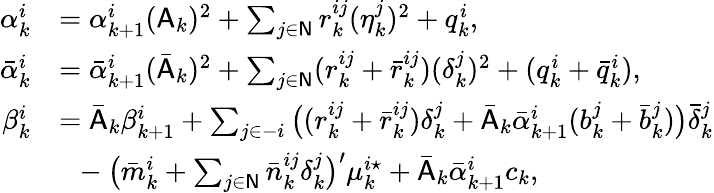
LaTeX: \begin{array}{rl}{\alpha_{k}^{i}}&{=\alpha_{k+1}^{i}(\mathsf{A}_{k})^{2}+\sum_{j\in\mathsf{N}}r_{k}^{ij}(\eta_{k}^{j})^{2}+q_{k}^{i},}\\ {\bar{\alpha}_{k}^{i}}&{=\bar{\alpha}_{k+1}^{i}(\bar{\mathsf{A}}_{k})^{2}+\sum_{j\in\mathsf{N}}(r_{k}^{ij}+\bar{r}_{k}^{ij})(\delta_{k}^{j})^{2}+(q_{k}^{i}+\bar{q}_{k}^{i}),}\\ {\beta_{k}^{i}}&{=\bar{\mathsf{A}}_{k}\beta_{k+1}^{i}+\sum_{j\in-i}\big((r_{k}^{ij}+\bar{r}_{k}^{ij})\delta_{k}^{j}+\bar{\mathsf{A}}_{k}\bar{\alpha}_{k+1}^{i}(b_{k}^{j}+\bar{b}_{k}^{j})\big)\bar{\delta}_{k}^{j}}\\ &{~~-\big(\bar{m}_{k}^{i}+\sum_{j\in\mathsf{N}}\bar{n}_{k}^{ij}\delta_{k}^{j}\big)^{\prime}\mu_{k}^{i\star}+\bar{\mathsf{A}}_{k}\bar{\alpha}_{k+1}^{i}c_{k},}\end{array}